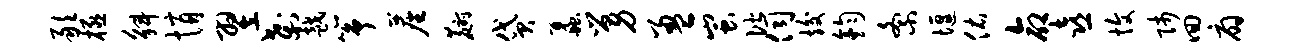
敢极斛悄翌刹越筝尘麝贷蠡舅盈蚩偕伺竣钧紊堰佑命喜愎师回扇